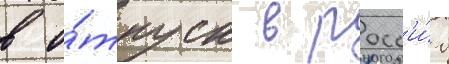
в о́тпуск в росс'и́ю